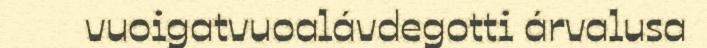
vuoigatvuoalávdegotti árvalusa